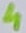
Text: 4